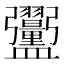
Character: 𪾞